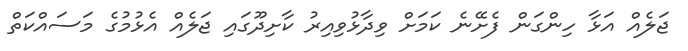
ޖަލެއް އަޅާ ހިންގަން ފެށޭނެ ކަމަށް ވިދާޅުވިއިރު ކާށިދޫގައި ޖަލެއް އެޅުމުގެ މަސައްކަތް